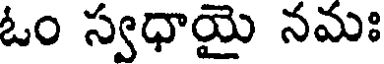
ఓం స్వధాయై నమః